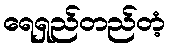
ရေရှည်တည်တံ့